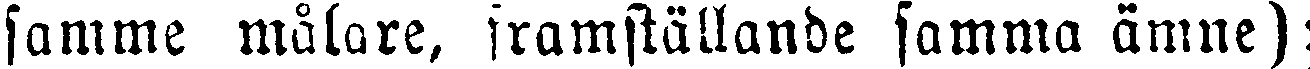
samme målare, framställande samma ämne);